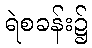
ရဲစခန်း၌